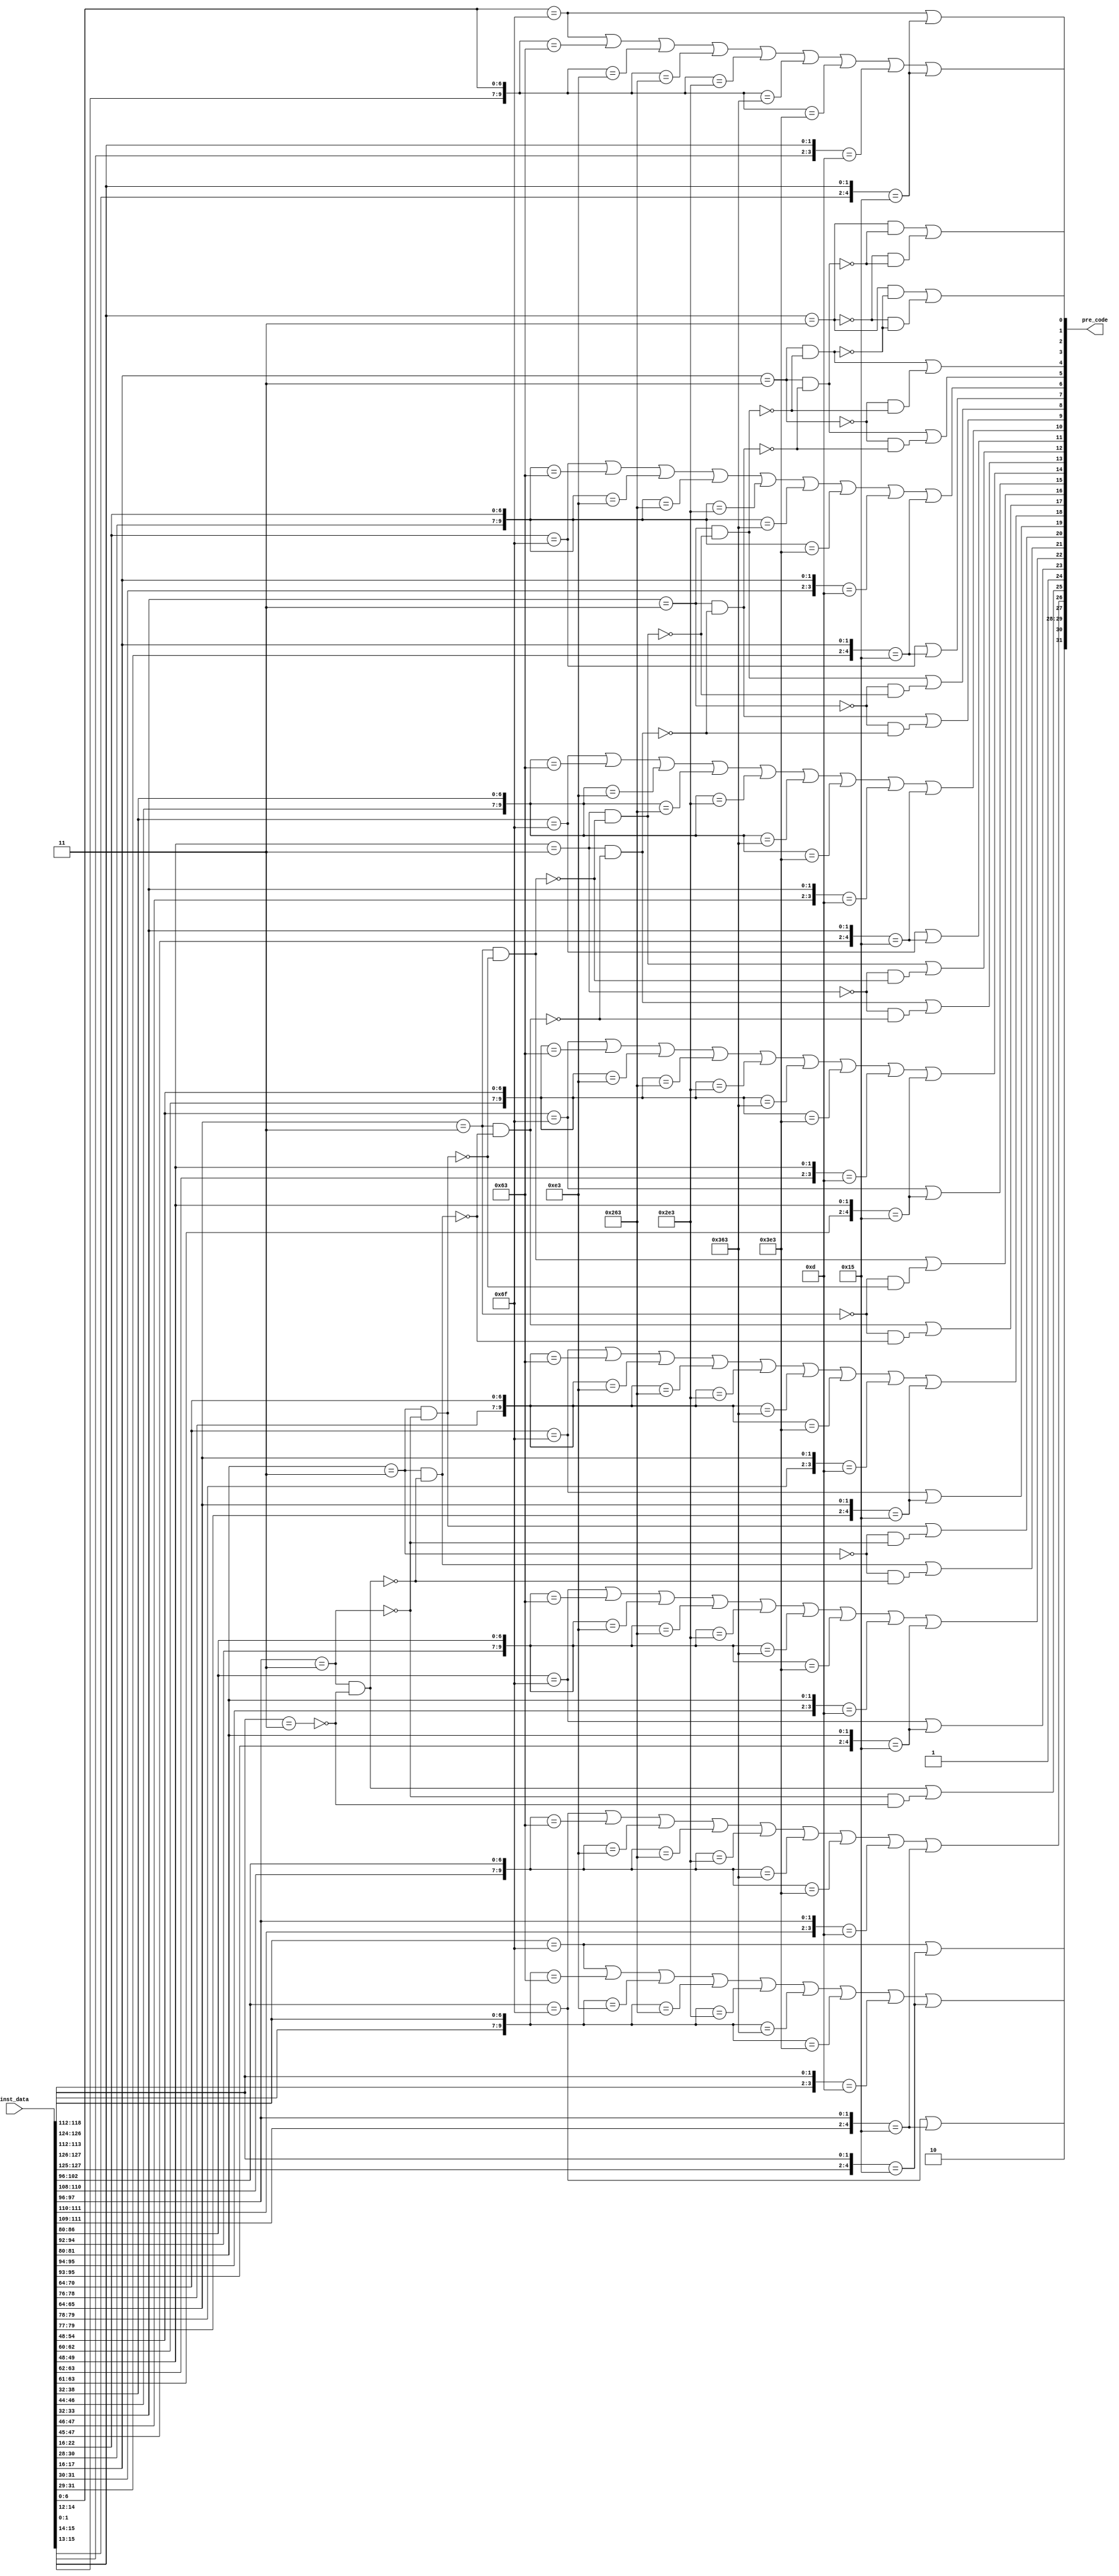
/*Copyright 2019-2021 T-Head Semiconductor Co., Ltd.

Licensed under the Apache License, Version 2.0 (the "License");
you may not use this file except in compliance with the License.
You may obtain a copy of the License at

    http://www.apache.org/licenses/LICENSE-2.0

Unless required by applicable law or agreed to in writing, software
distributed under the License is distributed on an "AS IS" BASIS,
WITHOUT WARRANTIES OR CONDITIONS OF ANY KIND, either express or implied.
See the License for the specific language governing permissions and
limitations under the License.
*/

// &ModuleBeg; @22
module ct_ifu_precode(
  inst_data,
  pre_code
);

// &Ports; @23
input   [127:0]  inst_data;  
output  [31 :0]  pre_code;   

// &Regs; @24

// &Wires; @25
wire             h1_ab_br;   
wire             h1_br;      
wire             h1_bry0;    
wire             h1_bry1;    
wire             h1_bry1_32; 
wire    [15 :0]  h1_data;    
wire    [3  :0]  h1_pre_code; 
wire             h2_ab_br;   
wire             h2_br;      
wire             h2_bry0;    
wire             h2_bry0_32; 
wire             h2_bry1;    
wire             h2_bry1_16; 
wire             h2_bry1_32; 
wire    [15 :0]  h2_data;    
wire    [3  :0]  h2_pre_code; 
wire             h3_ab_br;   
wire             h3_br;      
wire             h3_bry0;    
wire             h3_bry0_16; 
wire             h3_bry0_32; 
wire             h3_bry1;    
wire             h3_bry1_16; 
wire             h3_bry1_32; 
wire    [15 :0]  h3_data;    
wire    [3  :0]  h3_pre_code; 
wire             h4_ab_br;   
wire             h4_br;      
wire             h4_bry0;    
wire             h4_bry0_16; 
wire             h4_bry0_32; 
wire             h4_bry1;    
wire             h4_bry1_16; 
wire             h4_bry1_32; 
wire    [15 :0]  h4_data;    
wire    [3  :0]  h4_pre_code; 
wire             h5_ab_br;   
wire             h5_br;      
wire             h5_bry0;    
wire             h5_bry0_16; 
wire             h5_bry0_32; 
wire             h5_bry1;    
wire             h5_bry1_16; 
wire             h5_bry1_32; 
wire    [15 :0]  h5_data;    
wire    [3  :0]  h5_pre_code; 
wire             h6_ab_br;   
wire             h6_br;      
wire             h6_bry0;    
wire             h6_bry0_16; 
wire             h6_bry0_32; 
wire             h6_bry1;    
wire             h6_bry1_16; 
wire             h6_bry1_32; 
wire    [15 :0]  h6_data;    
wire    [3  :0]  h6_pre_code; 
wire             h7_ab_br;   
wire             h7_br;      
wire             h7_bry0;    
wire             h7_bry0_16; 
wire             h7_bry0_32; 
wire             h7_bry1;    
wire             h7_bry1_16; 
wire             h7_bry1_32; 
wire    [15 :0]  h7_data;    
wire    [3  :0]  h7_pre_code; 
wire             h8_ab_br;   
wire             h8_br;      
wire             h8_bry0;    
wire             h8_bry0_16; 
wire             h8_bry0_32; 
wire             h8_bry1;    
wire             h8_bry1_16; 
wire             h8_bry1_32; 
wire    [15 :0]  h8_data;    
wire    [3  :0]  h8_pre_code; 
wire    [127:0]  inst_data;  
wire    [31 :0]  pre_code;   


//==========================================================
//                  Precode Information
//==========================================================
//pre_code[23:21] -- {h1_br, h1_bry1, h1_bry0} -- inst_data[127:112]
//pre_code[20:18] -- {h2_br, h2_bry1, h2_bry0} -- inst_data[111: 96]
//pre_code[17:15] -- {h3_br, h3_bry1, h3_bry0} -- inst_data[ 95: 80]
//pre_code[14:12] -- {h4_br, h4_bry1, h4_bry0} -- inst_data[ 79: 64]
//pre_code[11: 9] -- {h5_br, h5_bry1, h5_bry0} -- inst_data[ 63: 48]
//pre_code[ 8: 6] -- {h6_br, h6_bry1, h6_bry0} -- inst_data[ 47: 32]
//pre_code[ 5: 3] -- {h7_br, h7_bry1, h7_bry0} -- inst_data[ 31: 16]
//pre_code[ 2: 0] -- {h8_br, h8_bry1, h8_bry0} -- inst_data[ 15:  0]

assign h1_data[15:0] = inst_data[127:112];
assign h2_data[15:0] = inst_data[111: 96];
assign h3_data[15:0] = inst_data[ 95: 80];
assign h4_data[15:0] = inst_data[ 79: 64];
assign h5_data[15:0] = inst_data[ 63: 48];
assign h6_data[15:0] = inst_data[ 47: 32];
assign h7_data[15:0] = inst_data[ 31: 16];
assign h8_data[15:0] = inst_data[ 15:  0];

//hn_br
assign h1_br = (h1_data[6:0] == 7'b1101111) || //jal
               ({h1_data[14:12],h1_data[6:0]} == 10'b000_1100011) || //beq
               ({h1_data[14:12],h1_data[6:0]} == 10'b001_1100011) || //bne
               ({h1_data[14:12],h1_data[6:0]} == 10'b100_1100011) || //blt
               ({h1_data[14:12],h1_data[6:0]} == 10'b101_1100011) || //bge
               ({h1_data[14:12],h1_data[6:0]} == 10'b110_1100011) || //bltu
               ({h1_data[14:12],h1_data[6:0]} == 10'b111_1100011) || //bgeu
               ({h1_data[15:14],h1_data[1:0]} == 4'b1101) || //c.beqz/c.bnez
               ({h1_data[15:13],h1_data[1:0]} == 5'b10101); //c.j 

assign h2_br = (h2_data[6:0] == 7'b1101111) || //jal
               ({h2_data[14:12],h2_data[6:0]} == 10'b000_1100011) || //beq
               ({h2_data[14:12],h2_data[6:0]} == 10'b001_1100011) || //bne
               ({h2_data[14:12],h2_data[6:0]} == 10'b100_1100011) || //blt
               ({h2_data[14:12],h2_data[6:0]} == 10'b101_1100011) || //bge
               ({h2_data[14:12],h2_data[6:0]} == 10'b110_1100011) || //bltu
               ({h2_data[14:12],h2_data[6:0]} == 10'b111_1100011) || //bgeu
               ({h2_data[15:14],h2_data[1:0]} == 4'b1101) || //c.beqz/c.bnez
               ({h2_data[15:13],h2_data[1:0]} == 5'b10101); //c.j 

assign h3_br = (h3_data[6:0] == 7'b1101111) || //jal
               ({h3_data[14:12],h3_data[6:0]} == 10'b000_1100011) || //beq
               ({h3_data[14:12],h3_data[6:0]} == 10'b001_1100011) || //bne
               ({h3_data[14:12],h3_data[6:0]} == 10'b100_1100011) || //blt
               ({h3_data[14:12],h3_data[6:0]} == 10'b101_1100011) || //bge
               ({h3_data[14:12],h3_data[6:0]} == 10'b110_1100011) || //bltu
               ({h3_data[14:12],h3_data[6:0]} == 10'b111_1100011) || //bgeu
               ({h3_data[15:14],h3_data[1:0]} == 4'b1101) || //c.beqz/c.bnez
               ({h3_data[15:13],h3_data[1:0]} == 5'b10101); //c.j 

assign h4_br = (h4_data[6:0] == 7'b1101111) || //jal
               ({h4_data[14:12],h4_data[6:0]} == 10'b000_1100011) || //beq
               ({h4_data[14:12],h4_data[6:0]} == 10'b001_1100011) || //bne
               ({h4_data[14:12],h4_data[6:0]} == 10'b100_1100011) || //blt
               ({h4_data[14:12],h4_data[6:0]} == 10'b101_1100011) || //bge
               ({h4_data[14:12],h4_data[6:0]} == 10'b110_1100011) || //bltu
               ({h4_data[14:12],h4_data[6:0]} == 10'b111_1100011) || //bgeu
               ({h4_data[15:14],h4_data[1:0]} == 4'b1101) || //c.beqz/c.bnez
               ({h4_data[15:13],h4_data[1:0]} == 5'b10101); //c.j 

assign h5_br = (h5_data[6:0] == 7'b1101111) || //jal
               ({h5_data[14:12],h5_data[6:0]} == 10'b000_1100011) || //beq
               ({h5_data[14:12],h5_data[6:0]} == 10'b001_1100011) || //bne
               ({h5_data[14:12],h5_data[6:0]} == 10'b100_1100011) || //blt
               ({h5_data[14:12],h5_data[6:0]} == 10'b101_1100011) || //bge
               ({h5_data[14:12],h5_data[6:0]} == 10'b110_1100011) || //bltu
               ({h5_data[14:12],h5_data[6:0]} == 10'b111_1100011) || //bgeu
               ({h5_data[15:14],h5_data[1:0]} == 4'b1101) || //c.beqz/c.bnez
               ({h5_data[15:13],h5_data[1:0]} == 5'b10101); //c.j 

assign h6_br = (h6_data[6:0] == 7'b1101111) || //jal
               ({h6_data[14:12],h6_data[6:0]} == 10'b000_1100011) || //beq
               ({h6_data[14:12],h6_data[6:0]} == 10'b001_1100011) || //bne
               ({h6_data[14:12],h6_data[6:0]} == 10'b100_1100011) || //blt
               ({h6_data[14:12],h6_data[6:0]} == 10'b101_1100011) || //bge
               ({h6_data[14:12],h6_data[6:0]} == 10'b110_1100011) || //bltu
               ({h6_data[14:12],h6_data[6:0]} == 10'b111_1100011) || //bgeu
               ({h6_data[15:14],h6_data[1:0]} == 4'b1101) || //c.beqz/c.bnez
               ({h6_data[15:13],h6_data[1:0]} == 5'b10101); //c.j 

assign h7_br = (h7_data[6:0] == 7'b1101111) || //jal
               ({h7_data[14:12],h7_data[6:0]} == 10'b000_1100011) || //beq
               ({h7_data[14:12],h7_data[6:0]} == 10'b001_1100011) || //bne
               ({h7_data[14:12],h7_data[6:0]} == 10'b100_1100011) || //blt
               ({h7_data[14:12],h7_data[6:0]} == 10'b101_1100011) || //bge
               ({h7_data[14:12],h7_data[6:0]} == 10'b110_1100011) || //bltu
               ({h7_data[14:12],h7_data[6:0]} == 10'b111_1100011) || //bgeu
               ({h7_data[15:14],h7_data[1:0]} == 4'b1101) || //c.beqz/c.bnez
               ({h7_data[15:13],h7_data[1:0]} == 5'b10101); //c.j 

assign h8_br = (h8_data[6:0] == 7'b1101111) || //jal
               ({h8_data[14:12],h8_data[6:0]} == 10'b000_1100011) || //beq
               ({h8_data[14:12],h8_data[6:0]} == 10'b001_1100011) || //bne
               ({h8_data[14:12],h8_data[6:0]} == 10'b100_1100011) || //blt
               ({h8_data[14:12],h8_data[6:0]} == 10'b101_1100011) || //bge
               ({h8_data[14:12],h8_data[6:0]} == 10'b110_1100011) || //bltu
               ({h8_data[14:12],h8_data[6:0]} == 10'b111_1100011) || //bgeu
               ({h8_data[15:14],h8_data[1:0]} == 4'b1101) || //c.beqz/c.bnez
               ({h8_data[15:13],h8_data[1:0]} == 5'b10101); //c.j 

//hn_ab_br
assign h1_ab_br = (h1_data[6:0] == 7'b1101111) || //jal
                  ({h1_data[15:13],h1_data[1:0]} == 5'b10101); //c.j 

assign h2_ab_br = (h2_data[6:0] == 7'b1101111) || //jal
                  ({h2_data[15:13],h2_data[1:0]} == 5'b10101); //c.j 

assign h3_ab_br = (h3_data[6:0] == 7'b1101111) || //jal
                  ({h3_data[15:13],h3_data[1:0]} == 5'b10101); //c.j 

assign h4_ab_br = (h4_data[6:0] == 7'b1101111) || //jal
                  ({h4_data[15:13],h4_data[1:0]} == 5'b10101); //c.j 

assign h5_ab_br = (h5_data[6:0] == 7'b1101111) || //jal
                  ({h5_data[15:13],h5_data[1:0]} == 5'b10101); //c.j 

assign h6_ab_br = (h6_data[6:0] == 7'b1101111) || //jal
                  ({h6_data[15:13],h6_data[1:0]} == 5'b10101); //c.j 

assign h7_ab_br = (h7_data[6:0] == 7'b1101111) || //jal
                  ({h7_data[15:13],h7_data[1:0]} == 5'b10101); //c.j 

assign h8_ab_br = (h8_data[6:0] == 7'b1101111) || //jal
                  ({h8_data[15:13],h8_data[1:0]} == 5'b10101); //c.j 

//hn_bry1 : suppose h1 is the start of one inst
assign h1_bry1_32 = (h1_data[1:0] == 2'b11);
assign h1_bry1    = 1'b1;

assign h2_bry1_32 = (h2_data[1:0] == 2'b11) && !h1_bry1_32;
assign h2_bry1_16 = !(h2_data[1:0] == 2'b11) && !h1_bry1_32;
assign h2_bry1    = h2_bry1_32 || h2_bry1_16;

assign h3_bry1_32 = (h3_data[1:0] == 2'b11) && !h2_bry1_32;
assign h3_bry1_16 = !(h3_data[1:0] == 2'b11) && !h2_bry1_32;
assign h3_bry1    = h3_bry1_32 || h3_bry1_16;

assign h4_bry1_32 = (h4_data[1:0] == 2'b11) && !h3_bry1_32;
assign h4_bry1_16 = !(h4_data[1:0] == 2'b11) && !h3_bry1_32;
assign h4_bry1    = h4_bry1_32 || h4_bry1_16;

assign h5_bry1_32 = (h5_data[1:0] == 2'b11) && !h4_bry1_32;
assign h5_bry1_16 = !(h5_data[1:0] == 2'b11) && !h4_bry1_32;
assign h5_bry1    = h5_bry1_32 || h5_bry1_16;

assign h6_bry1_32 = (h6_data[1:0] == 2'b11) && !h5_bry1_32;
assign h6_bry1_16 = !(h6_data[1:0] == 2'b11) && !h5_bry1_32;
assign h6_bry1    = h6_bry1_32 || h6_bry1_16;

assign h7_bry1_32 = (h7_data[1:0] == 2'b11) && !h6_bry1_32;
assign h7_bry1_16 = !(h7_data[1:0] == 2'b11) && !h6_bry1_32;
assign h7_bry1    = h7_bry1_32 || h7_bry1_16;

assign h8_bry1_32 = (h8_data[1:0] == 2'b11) && !h7_bry1_32;
assign h8_bry1_16 = !(h8_data[1:0] == 2'b11) && !h7_bry1_32;
assign h8_bry1    = h8_bry1_32 || h8_bry1_16;

//hn_bry0 : suppose h1 is not the start of one inst
assign h1_bry0    = 1'b0;

assign h2_bry0_32 = (h2_data[1:0] == 2'b11);
assign h2_bry0    = 1'b1;

assign h3_bry0_32 = (h3_data[1:0] == 2'b11) && !h2_bry0_32;
assign h3_bry0_16 = !(h3_data[1:0] == 2'b11) && !h2_bry0_32;
assign h3_bry0    = h3_bry0_32 || h3_bry0_16;

assign h4_bry0_32 = (h4_data[1:0] == 2'b11) && !h3_bry0_32;
assign h4_bry0_16 = !(h4_data[1:0] == 2'b11) && !h3_bry0_32;
assign h4_bry0    = h4_bry0_32 || h4_bry0_16;

assign h5_bry0_32 = (h5_data[1:0] == 2'b11) && !h4_bry0_32;
assign h5_bry0_16 = !(h5_data[1:0] == 2'b11) && !h4_bry0_32;
assign h5_bry0    = h5_bry0_32 || h5_bry0_16;

assign h6_bry0_32 = (h6_data[1:0] == 2'b11) && !h5_bry0_32;
assign h6_bry0_16 = !(h6_data[1:0] == 2'b11) && !h5_bry0_32;
assign h6_bry0    = h6_bry0_32 || h6_bry0_16;

assign h7_bry0_32 = (h7_data[1:0] == 2'b11) && !h6_bry0_32;
assign h7_bry0_16 = !(h7_data[1:0] == 2'b11) && !h6_bry0_32;
assign h7_bry0    = h7_bry0_32 || h7_bry0_16;

assign h8_bry0_32 = (h8_data[1:0] == 2'b11) && !h7_bry0_32;
assign h8_bry0_16 = !(h8_data[1:0] == 2'b11) && !h7_bry0_32;
assign h8_bry0    = h8_bry0_32 || h8_bry0_16;

//Merge
assign h1_pre_code[3:0] = {h1_ab_br,h1_br, h1_bry1, h1_bry0};
assign h2_pre_code[3:0] = {h2_ab_br,h2_br, h2_bry1, h2_bry0};
assign h3_pre_code[3:0] = {h3_ab_br,h3_br, h3_bry1, h3_bry0};
assign h4_pre_code[3:0] = {h4_ab_br,h4_br, h4_bry1, h4_bry0};
assign h5_pre_code[3:0] = {h5_ab_br,h5_br, h5_bry1, h5_bry0};
assign h6_pre_code[3:0] = {h6_ab_br,h6_br, h6_bry1, h6_bry0};
assign h7_pre_code[3:0] = {h7_ab_br,h7_br, h7_bry1, h7_bry0};
assign h8_pre_code[3:0] = {h8_ab_br,h8_br, h8_bry1, h8_bry0};

assign pre_code[31:0] = {h1_pre_code[3:0],
                         h2_pre_code[3:0],
                         h3_pre_code[3:0],
                         h4_pre_code[3:0],
                         h5_pre_code[3:0],
                         h6_pre_code[3:0],
                         h7_pre_code[3:0],
                         h8_pre_code[3:0]};

// &ModuleEnd; @235
endmodule